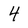
Character: 4